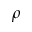
\rho